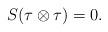
LaTeX: \begin{align*}S(\tau\otimes \tau)=0.\end{align*}